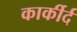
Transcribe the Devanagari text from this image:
कार्कीर्द